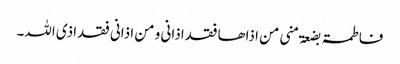
فاطمۃ بضعۃ منی من اذاھا فقد اذانی و من اذانی فقد اذی اللہ۔